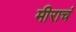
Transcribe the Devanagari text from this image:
मीराचं